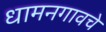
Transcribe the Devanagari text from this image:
धामनगावचे